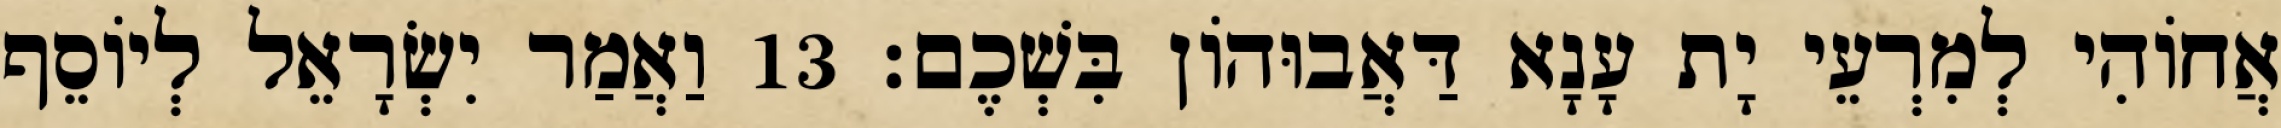
אֲחוֹהִי לְמִרְעֵי יָת עָנָא דַּאֲבוּהוֹן בִּשְׁכֶם׃ 13 וַאֲמַר יִשְׂרָאֵל לְיוֹסֵף